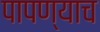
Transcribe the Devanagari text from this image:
पापण्याच